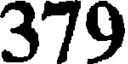
379